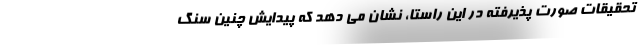
تحقیقات صورت پذیرفته در این راستا، نشان می دهد که پیدایش چنین سنگ